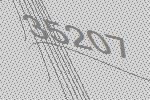
35207